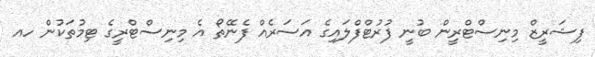
ފިޝަރީޒް މިނިސްޓްރީން ބުނީ ފުރުޓްފްލައިގެ އަސަރެއް ފެނޭތޯ އެ މިނިސްޓްރީގެ ޓިމުތަކުން ހއ